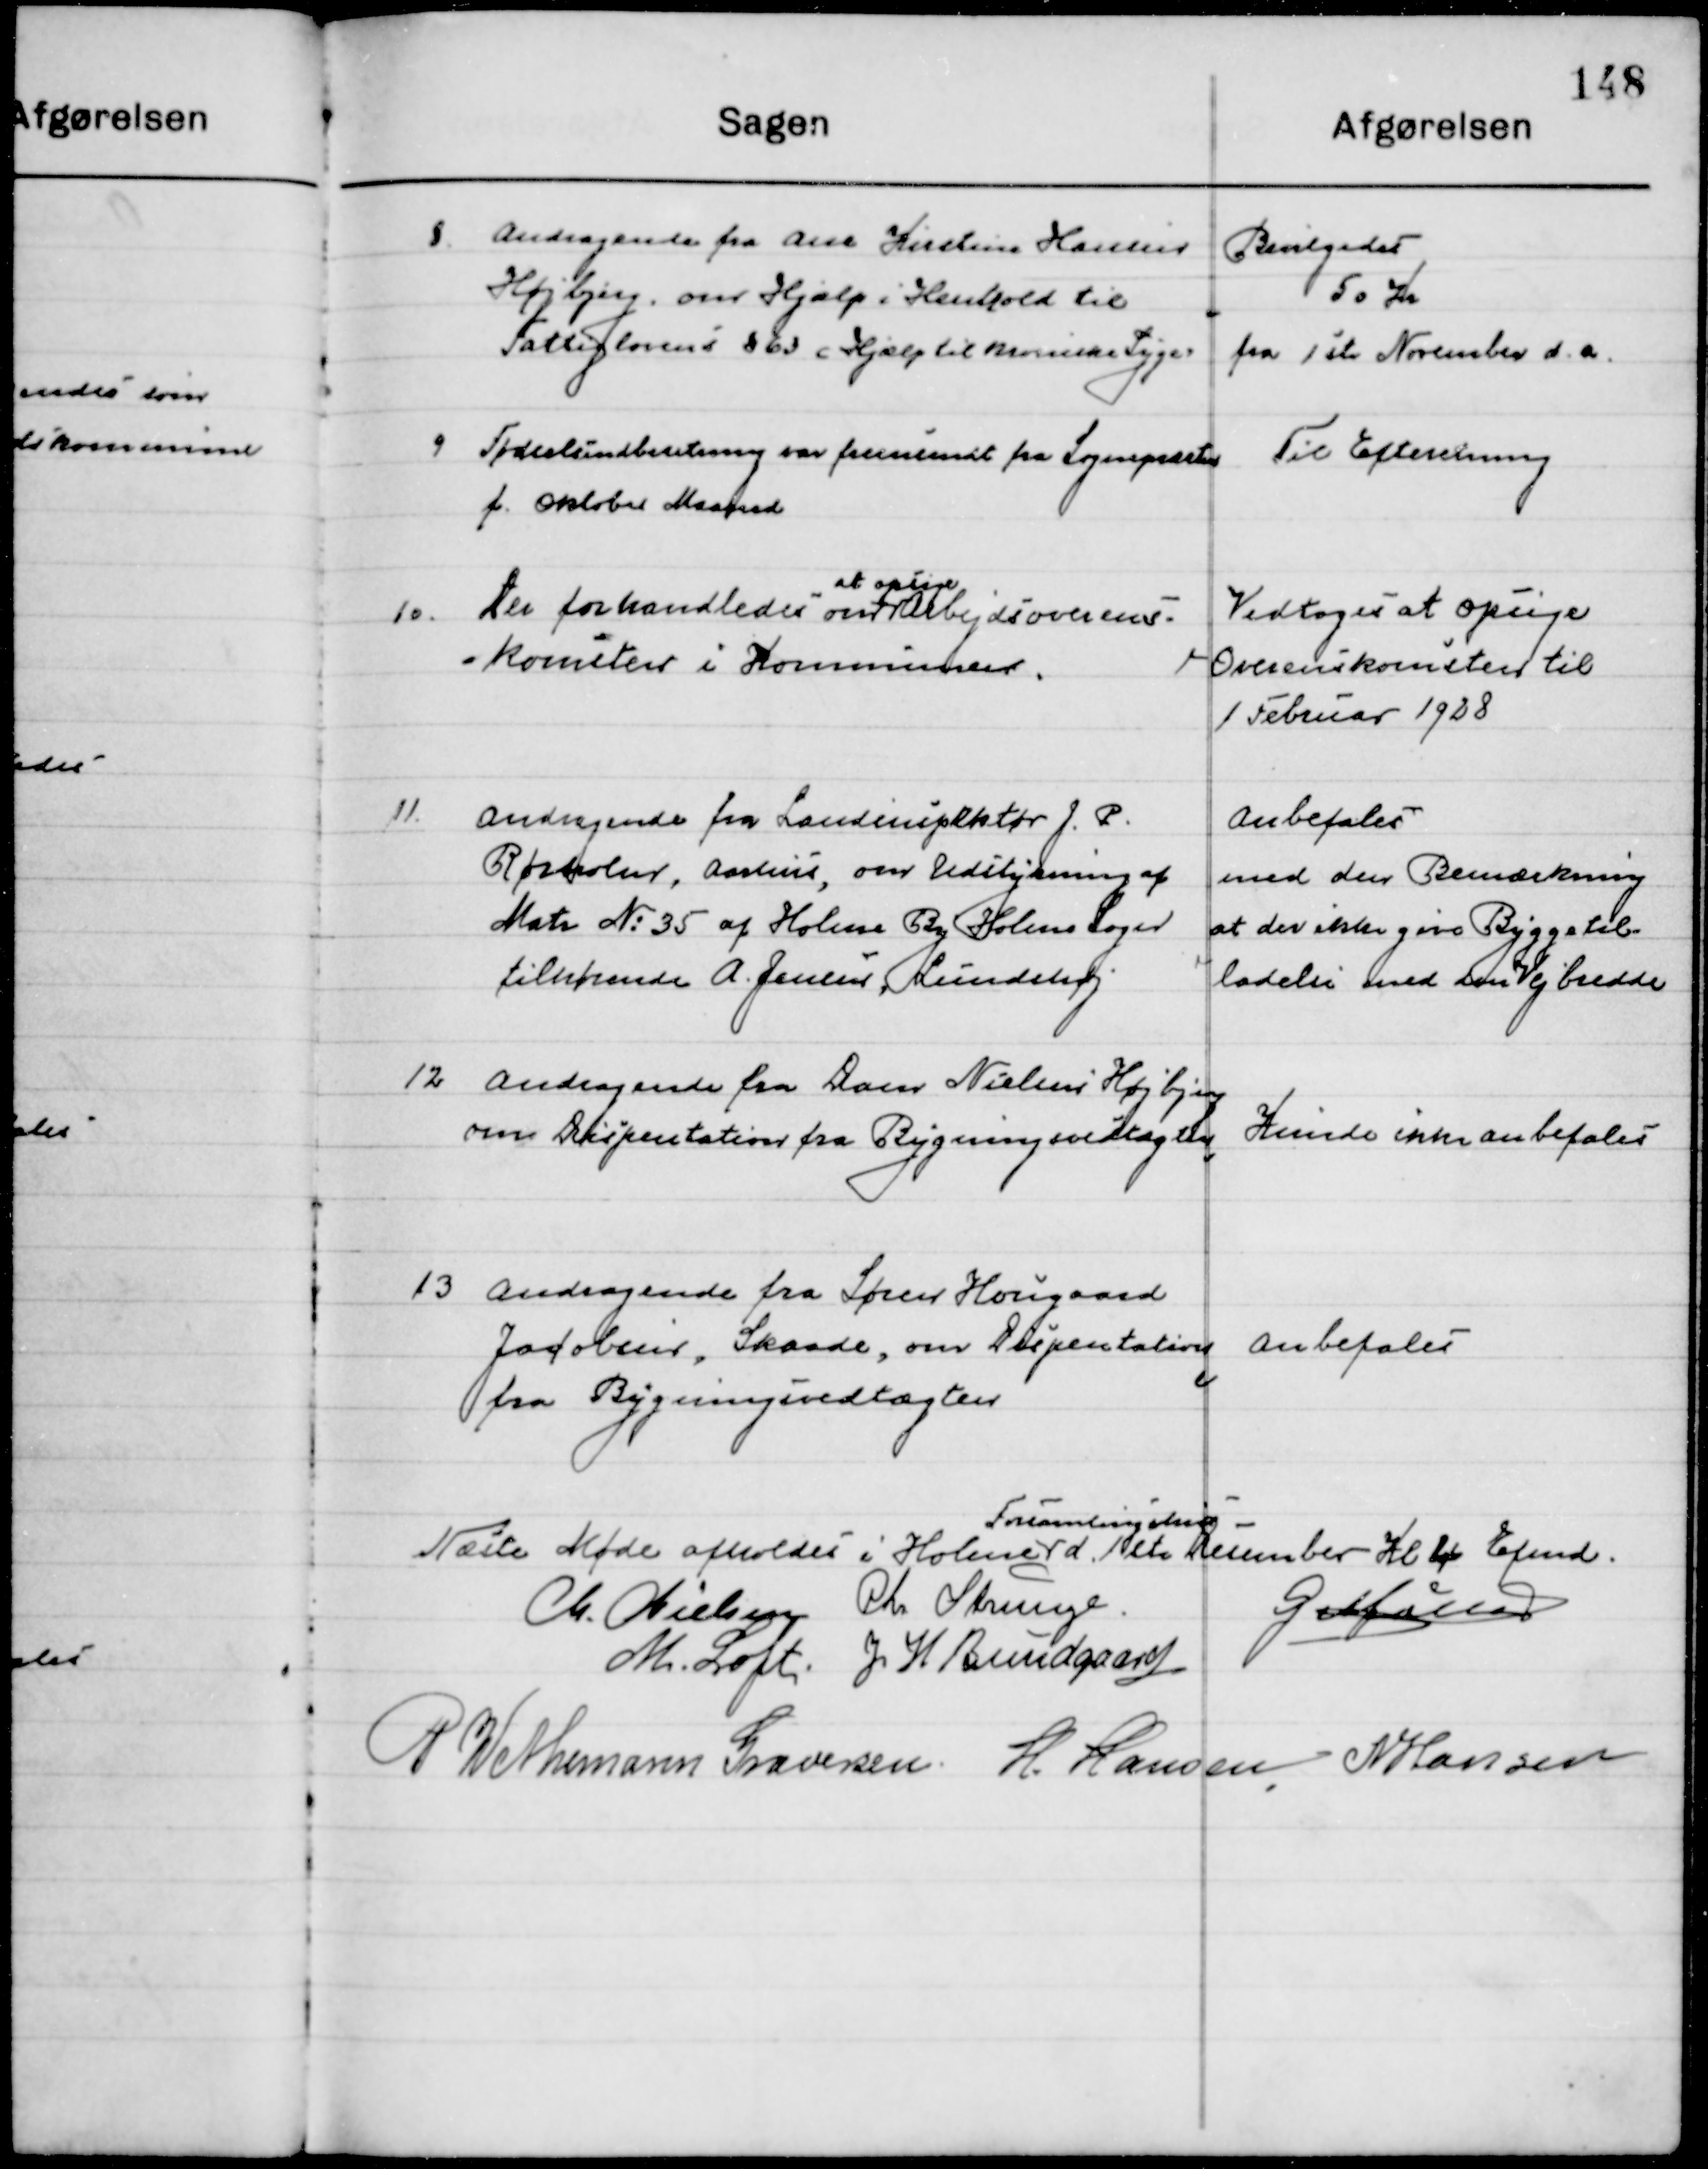
Transskription:
8

Andragende fra Ane Kirstine Hansen
Højbjerg, om Hjælp i Henhold til 
Fattiglovens § 63 Hjælp til kroniske Syge

Bevilgedes
50 Kr.
fra 1ste November d. a.

9

Fødselsindberetning var fremsendt fra Sognepræsten 
f. Oktober Maaned

Til Efterretning

10

Der forhandledes om 
at opsige 
Arbejdsoverens-
komsten i Kommunen

Vedtoges at opsige
Overenskomsten til
1 Februar 1928.

11

Andragende fra Landinspektøren J. P.
Rørholm, Aarhus, om Udstykning af
Matr. No. 35 af Holme By Holme Sogn 
tilhørende A. Jensen, Lundshøj.

Anbefales
Med den bemærkning
At der ikke gøres Byggetil-
ladelse med den Vejbredde

12

Andragende fra Lærer Nielsen, Højbjerg
om Dispensation fra Bygningsvedtægten

Kunde ikke anbefales

13

Andragende fra søren Hougaard
Jacobsen, Skaade om Dispensation 
fra Bygningsvedtægten

Anbefales

Næste Møde afholdes i Holme 
Forsamlingsbygning 
d. 1ste December Kl. 4 Eftermd.

M. Nielsen
Chr. Strunge
G. Møller
M. Loft
J. H. Bundgaard
P. Wethemann Graversen
H. Hansen
N. Hansen